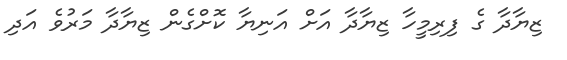
ޒިޔާދާ ގެ ފިރިމީހާ ޒިޔާދާ އަށް އަނިޔާ ކޮށްގެން ޒިޔާދާ މަރުވެ އަދި